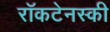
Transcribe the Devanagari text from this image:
राॅकटेनस्की